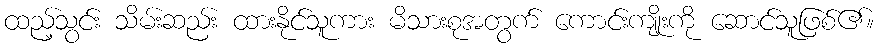
ထည့်သွင်း သိမ်းဆည်း ထားနိုင်သူကား မိသားစုအတွက် ကောင်းကျိုးကို ဆောင်သူဖြစ်၏။